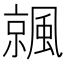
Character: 𩘁